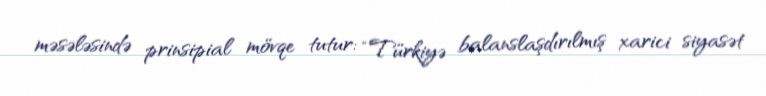
məsələsində prinsipial mövqe tutur: “Türkiyə balanslaşdırılmış xarici siyasət